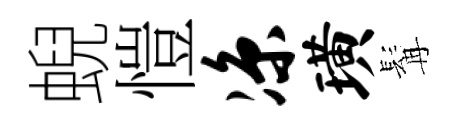
蜺愷凉璜髯